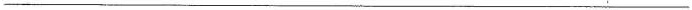
___